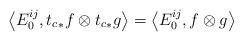
LaTeX: \begin{align*} \left\langle E^{ij}_0, {t_{c}}_{*}f \otimes {t_{c}}_{*}g \right\rangle = \left\langle E^{ij}_0, f \otimes g \right\rangle \end{align*}